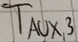
Text: TAUX